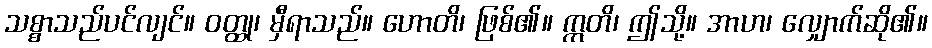
သစ္စာသည်ပင်လျင်။ ဝတ္ထု၊ မှီရာသည်။ ဟောတိ၊ ဖြစ်၏။ ဣတိ၊ ဤသို့။ အာဟ၊ လျှောက်ဆို၏။